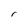
Character: r